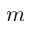
m